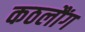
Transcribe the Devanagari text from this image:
कठलौंग